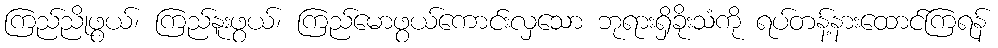
ကြည်ညိုဖွယ်၊ ကြည်နူးဖွယ်၊ ကြည်မောဖွယ်ကောင်းလှသော ဘုရားရှိခိုးသံကို ရပ်တန့်နားထောင်ကြရန်